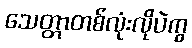
သေတ္တာတစ်လုံးလိုပဲကွ